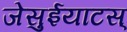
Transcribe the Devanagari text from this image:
जेसुईयाटस्